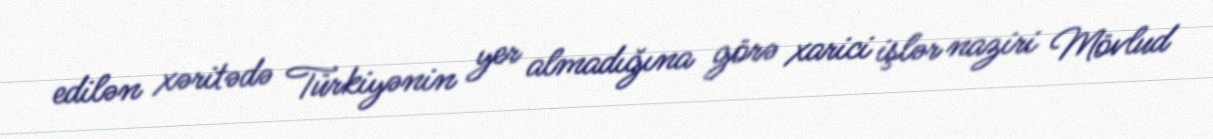
edilən xəritədə Türkiyənin yer almadığına görə xarici işlər naziri Mövlud